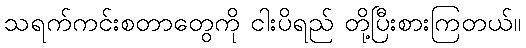
သရက်ကင်းစတာတွေကို ငါးပိရည် တို့ပြီးစားကြတယ်။